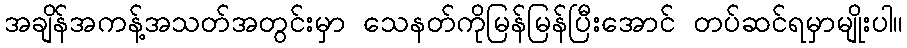
အချိန်အကန့်အသတ်အတွင်းမှာ သေနတ်ကိုမြန်မြန်ပြီးအောင် တပ်ဆင်ရမှာမျိုးပါ။